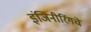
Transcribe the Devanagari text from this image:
इंजिनीरिंगचे